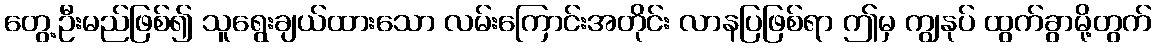
တွေ့ဦးမည်ဖြစ်၍ သူရွေးချယ်ထားသော လမ်းကြောင်းအတိုင်း လာနပြဖြစ်ရာ ဤမှ ကျွနုပ် ထွက်ခွာမို့တွက်